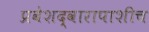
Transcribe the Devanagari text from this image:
प्रवेशद्वारापाशीच